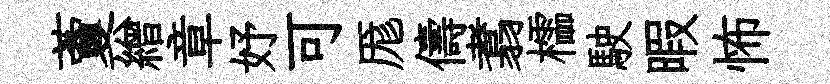
藑繒章妤可厖儔翥櫺駛暇怖